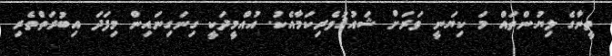
ތީނާގެ ލިޔުންތައް މަ ކިޔަނީ ވަރަށް ޝައުޤުވެރިކަމާއެކު. އުއްމީދަކީ ގިނަގިނައިން މިފަދަ އިބުރަތްތެރި